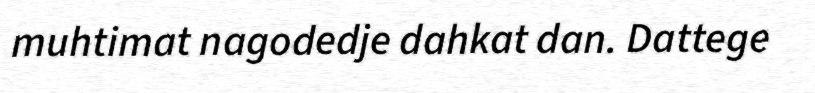
muhtimat nagodedje dahkat dan. Dattege